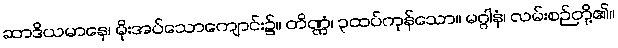
ဆာဒိယမာနေ၊ မိုးအပ်သောကျောင်း၌။ တိဏ္ဏံ၊ ၃ထပ်ကုန်သော။ မဂ္ဂါနံ၊ လမ်းစဉ်တို့၏။